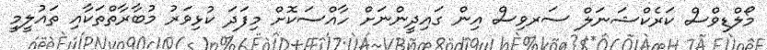
މޯލްޑިވްސް ކަރެކްޝަނަލް ސަރވިސް އިން ގައިދީންނަށް ހާއްސަކޮށް މިފަދަ ކުޅިވަރު މުބާރާތްތަކާއި ތައުލީމީ